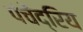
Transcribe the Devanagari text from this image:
पंचेंद्रिय